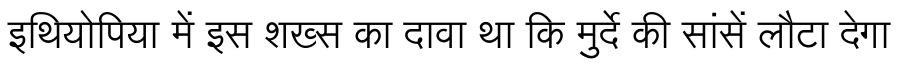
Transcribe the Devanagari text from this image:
इथियोपिया में इस शख्स का दावा था कि मुर्दे की सांसें लौटा देगा